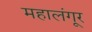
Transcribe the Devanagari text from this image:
महालंगूर